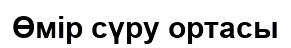
Өмір сүру ортасы